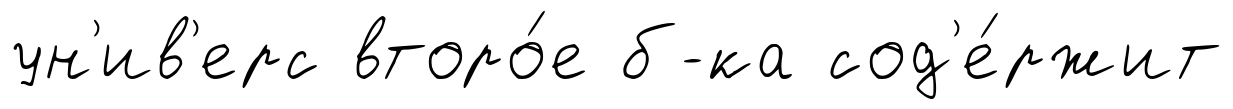
ун'ив'ерс второ́е б-ка сод'е́ржит